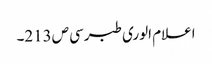
اعلام الوری طبرسی ص213۔